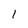
Character: 1